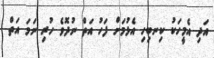
އަދި އެމީހަކު ކިނބިހި އެޅުމަށް ފަހު އަތް ނުދޮވެ ހުރި ނަމަ އަތް